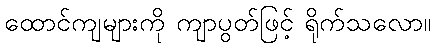
ထောင်ကျများကို ကျာပွတ်ဖြင့် ရိုက်သလော။